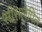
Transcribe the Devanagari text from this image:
सीसलेपित